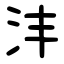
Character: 沣